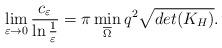
LaTeX: \begin{align*}\lim_{\varepsilon\to 0}\frac{c_\varepsilon}{\ln\frac{1}{\varepsilon}}=\pi \min\limits_{\overline{\Omega} }q^2\sqrt{det(K_H)}.\end{align*}